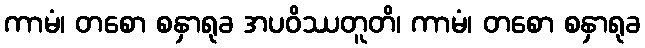
ကာမံ၊ တစော စနှာရုခ အပဝိဿတူတိ၊ ကာမံ၊ တစော စနှာရုခ